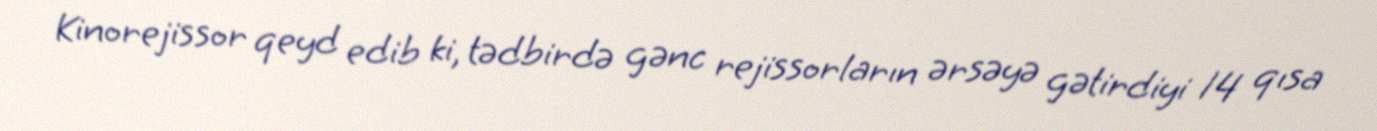
Kinorejissor qeyd edib ki, tədbirdə gənc rejissorların ərsəyə gətirdiyi 14 qısa